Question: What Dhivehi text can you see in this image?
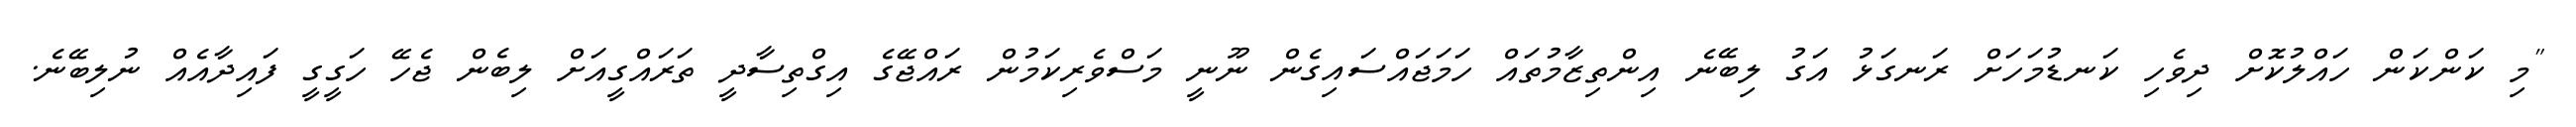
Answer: "މި ކަންކަން ހައްލުކޮށް ދިވެހި ކަނޑުމަހަށް ރަނގަޅު އަގު ލިބޭނެ އިންތިޒާމުތައް ހަމަޖައްސައިގެން ނޫނީ މަސްވެރިކަމުން ރައްޖޭގެ އިގްތިސާދީ ތަރައްގީއަށް ލިބެން ޖެހޭ ހަގީގީ ފައިދާއެއް ނުލިބޭނެ.